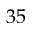
3 5